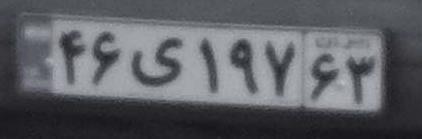
۴۶ی۱۹۷۶۳